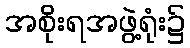
အစိုးရအဖွဲ့ရုံး၌